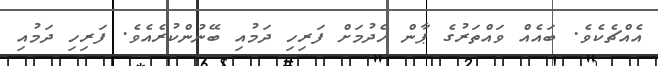
އެއްޗެކެވެ. ބައެއް ވައްތަރުގެ ޕާން ހެދުމަށް ފަރިހި ދަމުއި ބޭނުންކުރެއެވެ. ފަރިހި ދަމުއި